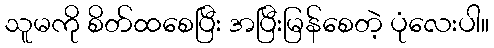
သူမကို စိတ်ထစေပြီး အပြီးမြန်စေတဲ့ ပုံလေးပါ။